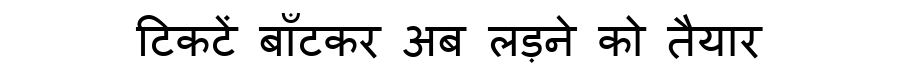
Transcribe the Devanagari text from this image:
टिकटें बाँटकर अब लड़ने को तैयार